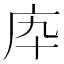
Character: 𢇥